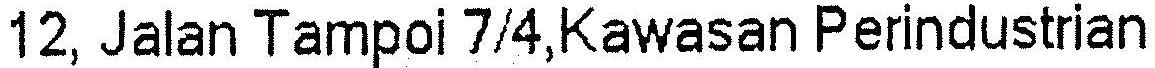
12, JALAN TAMPOI 7/4,KAWASAN PERINDUSTRIAN